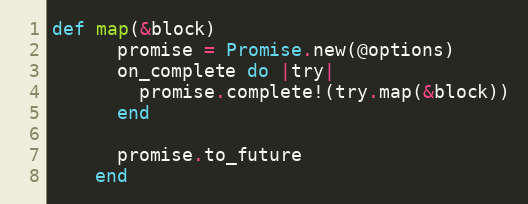
Language: Ruby
def map(&block)
      promise = Promise.new(@options)
      on_complete do |try|
        promise.complete!(try.map(&block))
      end

      promise.to_future
    end